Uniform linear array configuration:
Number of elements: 16
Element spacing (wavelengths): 0.75
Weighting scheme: kaiser
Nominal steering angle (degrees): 60
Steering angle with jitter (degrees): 59.671
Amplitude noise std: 0.05
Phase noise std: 0.05

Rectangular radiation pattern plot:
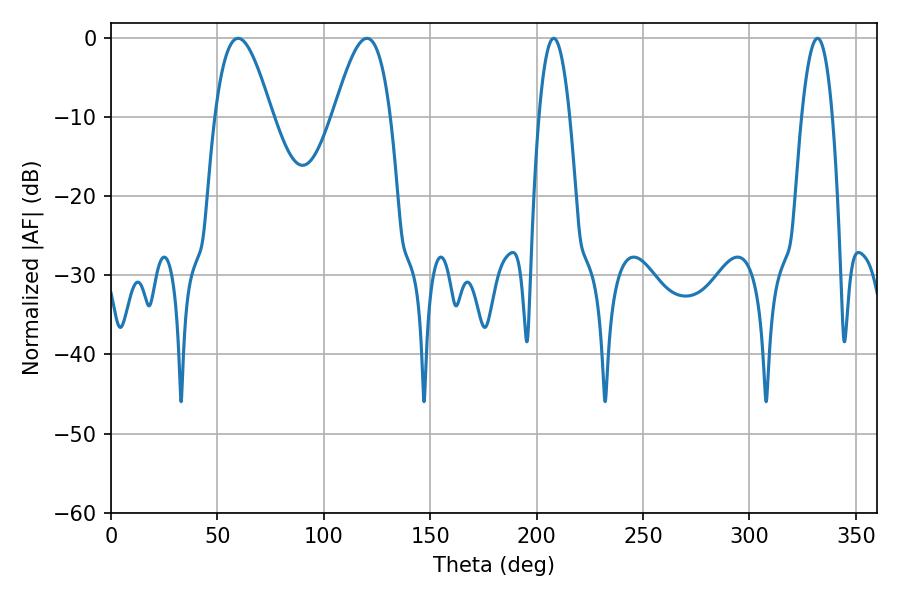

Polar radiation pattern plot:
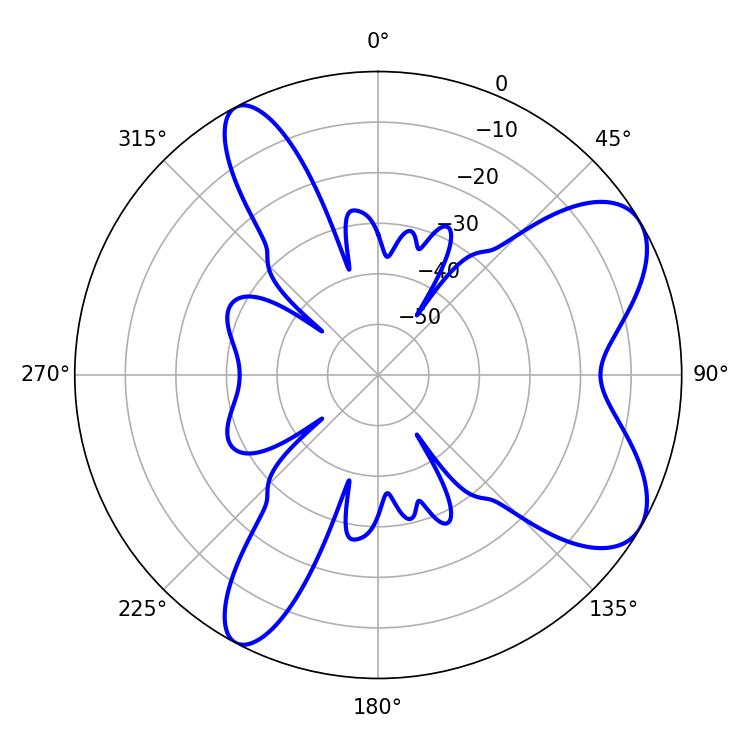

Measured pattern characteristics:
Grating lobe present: TRUE
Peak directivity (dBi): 7.567
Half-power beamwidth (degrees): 14.4
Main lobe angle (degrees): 59.76